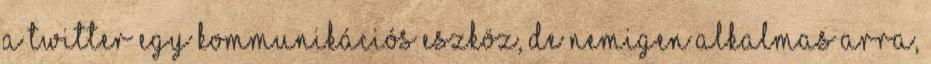
A Twitter egy kommunikációs eszköz, de nemigen alkalmas arra,